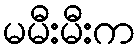
မမီးမီးက